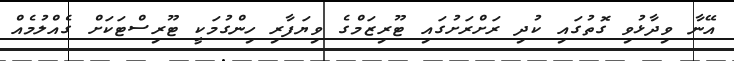
އޭނާ ވިދާޅުވި ގޮތުގައި ކުދި ރަށްރަށުގައި ޓޫރިޒަމްގެ ވިޔަފާރި ހިންގުމަކީ ޓޫރިސްޓަކަށް ގެއްލުމެއް